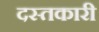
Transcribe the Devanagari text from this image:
दस्‍तकारी